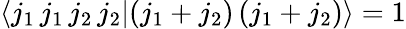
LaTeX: \langle j_{1}\, j_{1}\, j_{2}\, j_{2}|(j_{1}+j_{2})\, (j_{1}+j_{2})\rangle=1